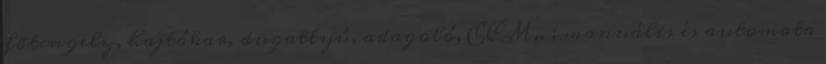
fõtengely, hajtókar, dugattyú, adagoló, ECM,. ; manuális és automata